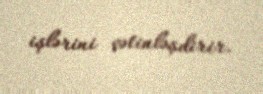
işlərini çətinləşdirir.